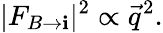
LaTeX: |F_{B\rightarrow\mathbf{i}}|^{2}\propto{\vec{{q}}}^{2}.